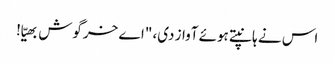
اس نے ہانپتے ہوئے آواز دی، "اے خرگوش بھیّا!